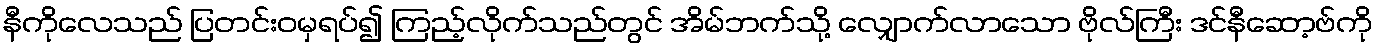
နီကိုလေသည် ပြတင်းဝမှရပ်၍ ကြည့်လိုက်သည်တွင် အိမ်ဘက်သို့ လျှောက်လာသော ဗိုလ်ကြီး ဒင်နီဆော့ဗ်ကို